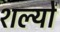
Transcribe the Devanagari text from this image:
शल्यों